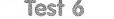
Test6